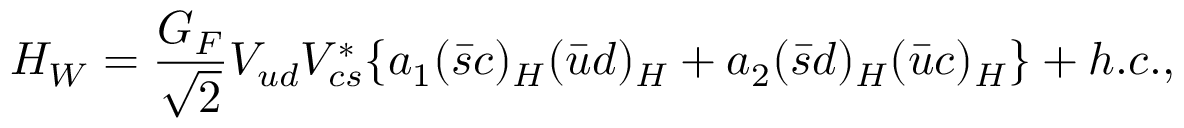
H _ { W } = \frac { G _ { F } } { \sqrt 2 } V _ { u d } V _ { c s } ^ { * } \{ a _ { 1 } ( \bar { s } c ) _ { H } ( \bar { u } d ) _ { H } + a _ { 2 } ( \bar { s } d ) _ { H } ( \bar { u } c ) _ { H } \} + h . c . ,